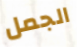
الجمل